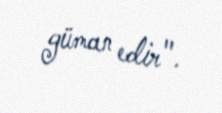
güman edir".